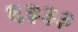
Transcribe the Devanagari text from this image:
६३३३